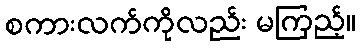
စကားလက်ကိုလည်း မကြည့်။